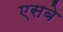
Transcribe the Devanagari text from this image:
एसबे